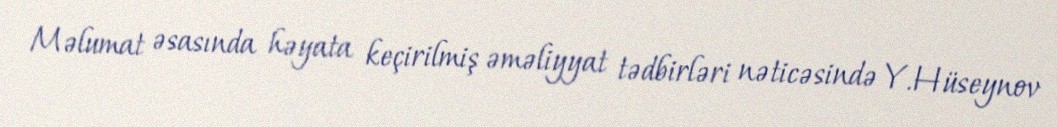
Məlumat əsasında həyata keçirilmiş əməliyyat tədbirləri nəticəsində Y.Hüseynov